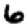
Digit: 6